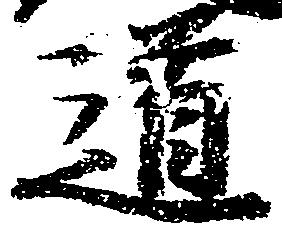
道